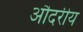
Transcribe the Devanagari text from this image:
औदरीय